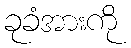
ခုခံအားကို